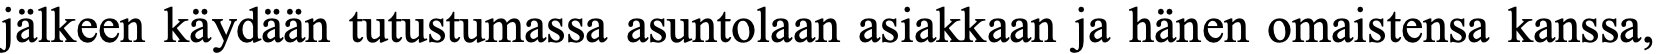
jälkeen käydään tutustumassa asuntolaan asiakkaan ja hänen omaistensa kanssa,